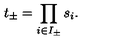
t _ { \pm } = \prod _ { i \in I _ { \pm } } s _ { i } .